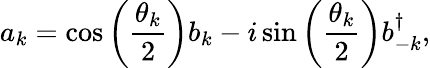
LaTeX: a_{k}=\cos{\left(\frac{\theta_{k}}{2}\right)}b_{k}-i\sin{\left(\frac{\theta_{k}}{2}\right)}b_{-k}^{\dagger},